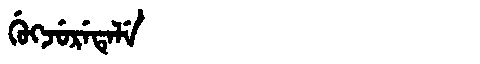
Manchu: ᡤᡠᡴᠵᡠᡵᡝᡨᡝᠯᡝ
Romanization: GUKJURETELE